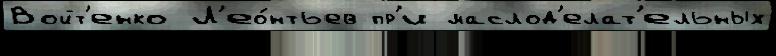
Войт'енко Л'ео́нтьев пр'и маслод'елат'ельных